Indian journal of veterinary science and animal husbandry - Volumes 22-23, 1952-1953
Year: 1952
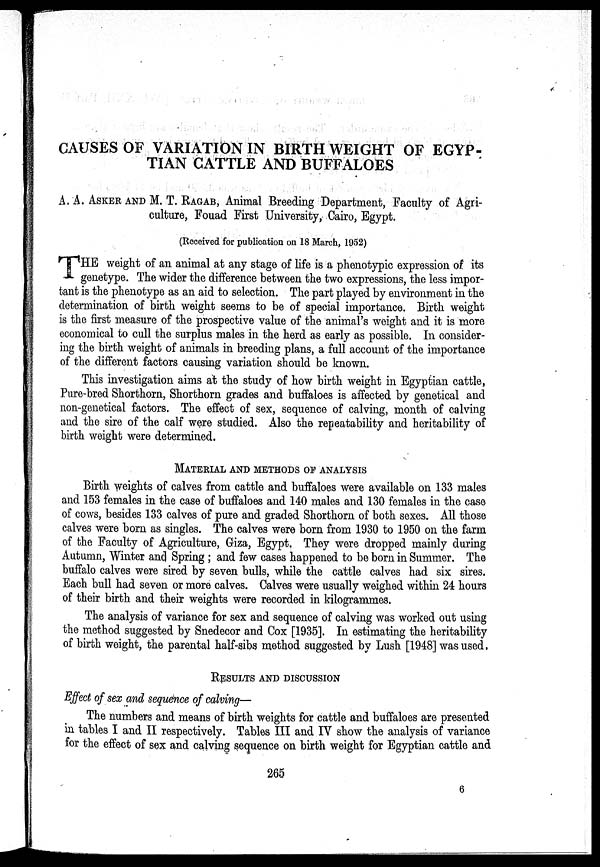
CAUSES OF VARIATION IN BIRTH WEIGHT OF EGYP-
TIAN CATTLE AND BUFFALOES
A. A. ASKER AND M. T. RAGAB, Animal Breeding Department, Faculty of Agri-
culture, Fouad First University, Cairo, Egypt.
(Received for publication on 18 March, 1952)
T HE weight of an animal at any stage of life is a phenotypic expression of its
genetype. The wider the difference between the two expressions, the less impor-
tant is the phenotype as an aid to selection. The part played by environment in the
determination of birth weight seems to be of special importance. Birth weight
is the first measure of the prospective value of the animal's weight and it is more
economical to cull the surplus males in the herd as early as possible. In consider-
ing the birth weight of animals in breeding plans, a full account of the importance
of the different factors causing variation should be known.
This investigation aims at the study of how birth weight in Egyptian cattle,
Pure-bred Shorthorn, Shorthorn grades and buffaloes is affected by genetical and
non-genetical factors. The effect of sex, sequence of calving, month of calving
and the sire of the calf were studied. Also the repeatability and heritability of
birth weight were determined.
MATERIAL AND METHODS OF ANALYSIS
Birth weights of calves from cattle and buffaloes were available on 133 males
and 153 females in the case of buffaloes and 140 males and 130 females in the case
of cows, besides 133 calves of pure and graded Shorthorn of both sexes. All those
calves were born as singles. The calves were born from 1930 to 1950 on the farm
of the Faculty of Agriculture, Giza, Egypt. They were dropped mainly during
Autumn, Winter and Spring; and few cases happened to be born in Summer. The
buffalo calves were sired by seven bulls, while the cattle calves had six sires.
Each bull had seven or more calves. Calves were usually weighed within 24 hours
of their birth and their weights were recorded in kilogrammes.
The analysis of variance for sex and sequence of calving was worked out using
the method suggested by Snedecor and Cox [1935]. In estimating the heritability
of birth weight, the parental half-sibs method suggested by Lush [1948] was used,
RESULTS AND DISCUSSION
Effect of sex and sequence of calving—
The numbers and means of birth weights for cattle and buffaloes are presented
in tables I and II respectively. Tables III and IV show the analysis of variance
for the effect of sex and calving sequence on birth weight for Egyptian cattle and
265
6